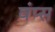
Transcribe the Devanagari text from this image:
वंप्स